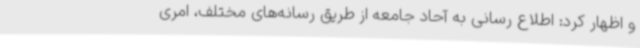
و اظهار کرد: اطلاع رسانی به آحاد جامعه از طریق رسانه‌های مختلف، امری